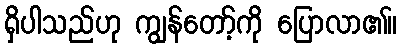
ရှိပါသည်ဟု ကျွန်တော့်ကို ပြောလာ၏။